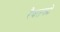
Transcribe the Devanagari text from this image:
रैवतको